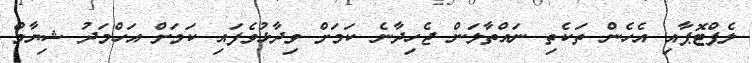
ލެޕްޓޮޕާއި އެހެން ތަކެތި ނައްތާލަން ޖެހިދާނެ ކަމަށް ވިދާޅުވެފައި ކަމަށް އަހްމަދު ޝިޔާމް